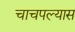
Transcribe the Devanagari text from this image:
चाचपल्यास